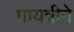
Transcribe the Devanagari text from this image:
गायत्रीने